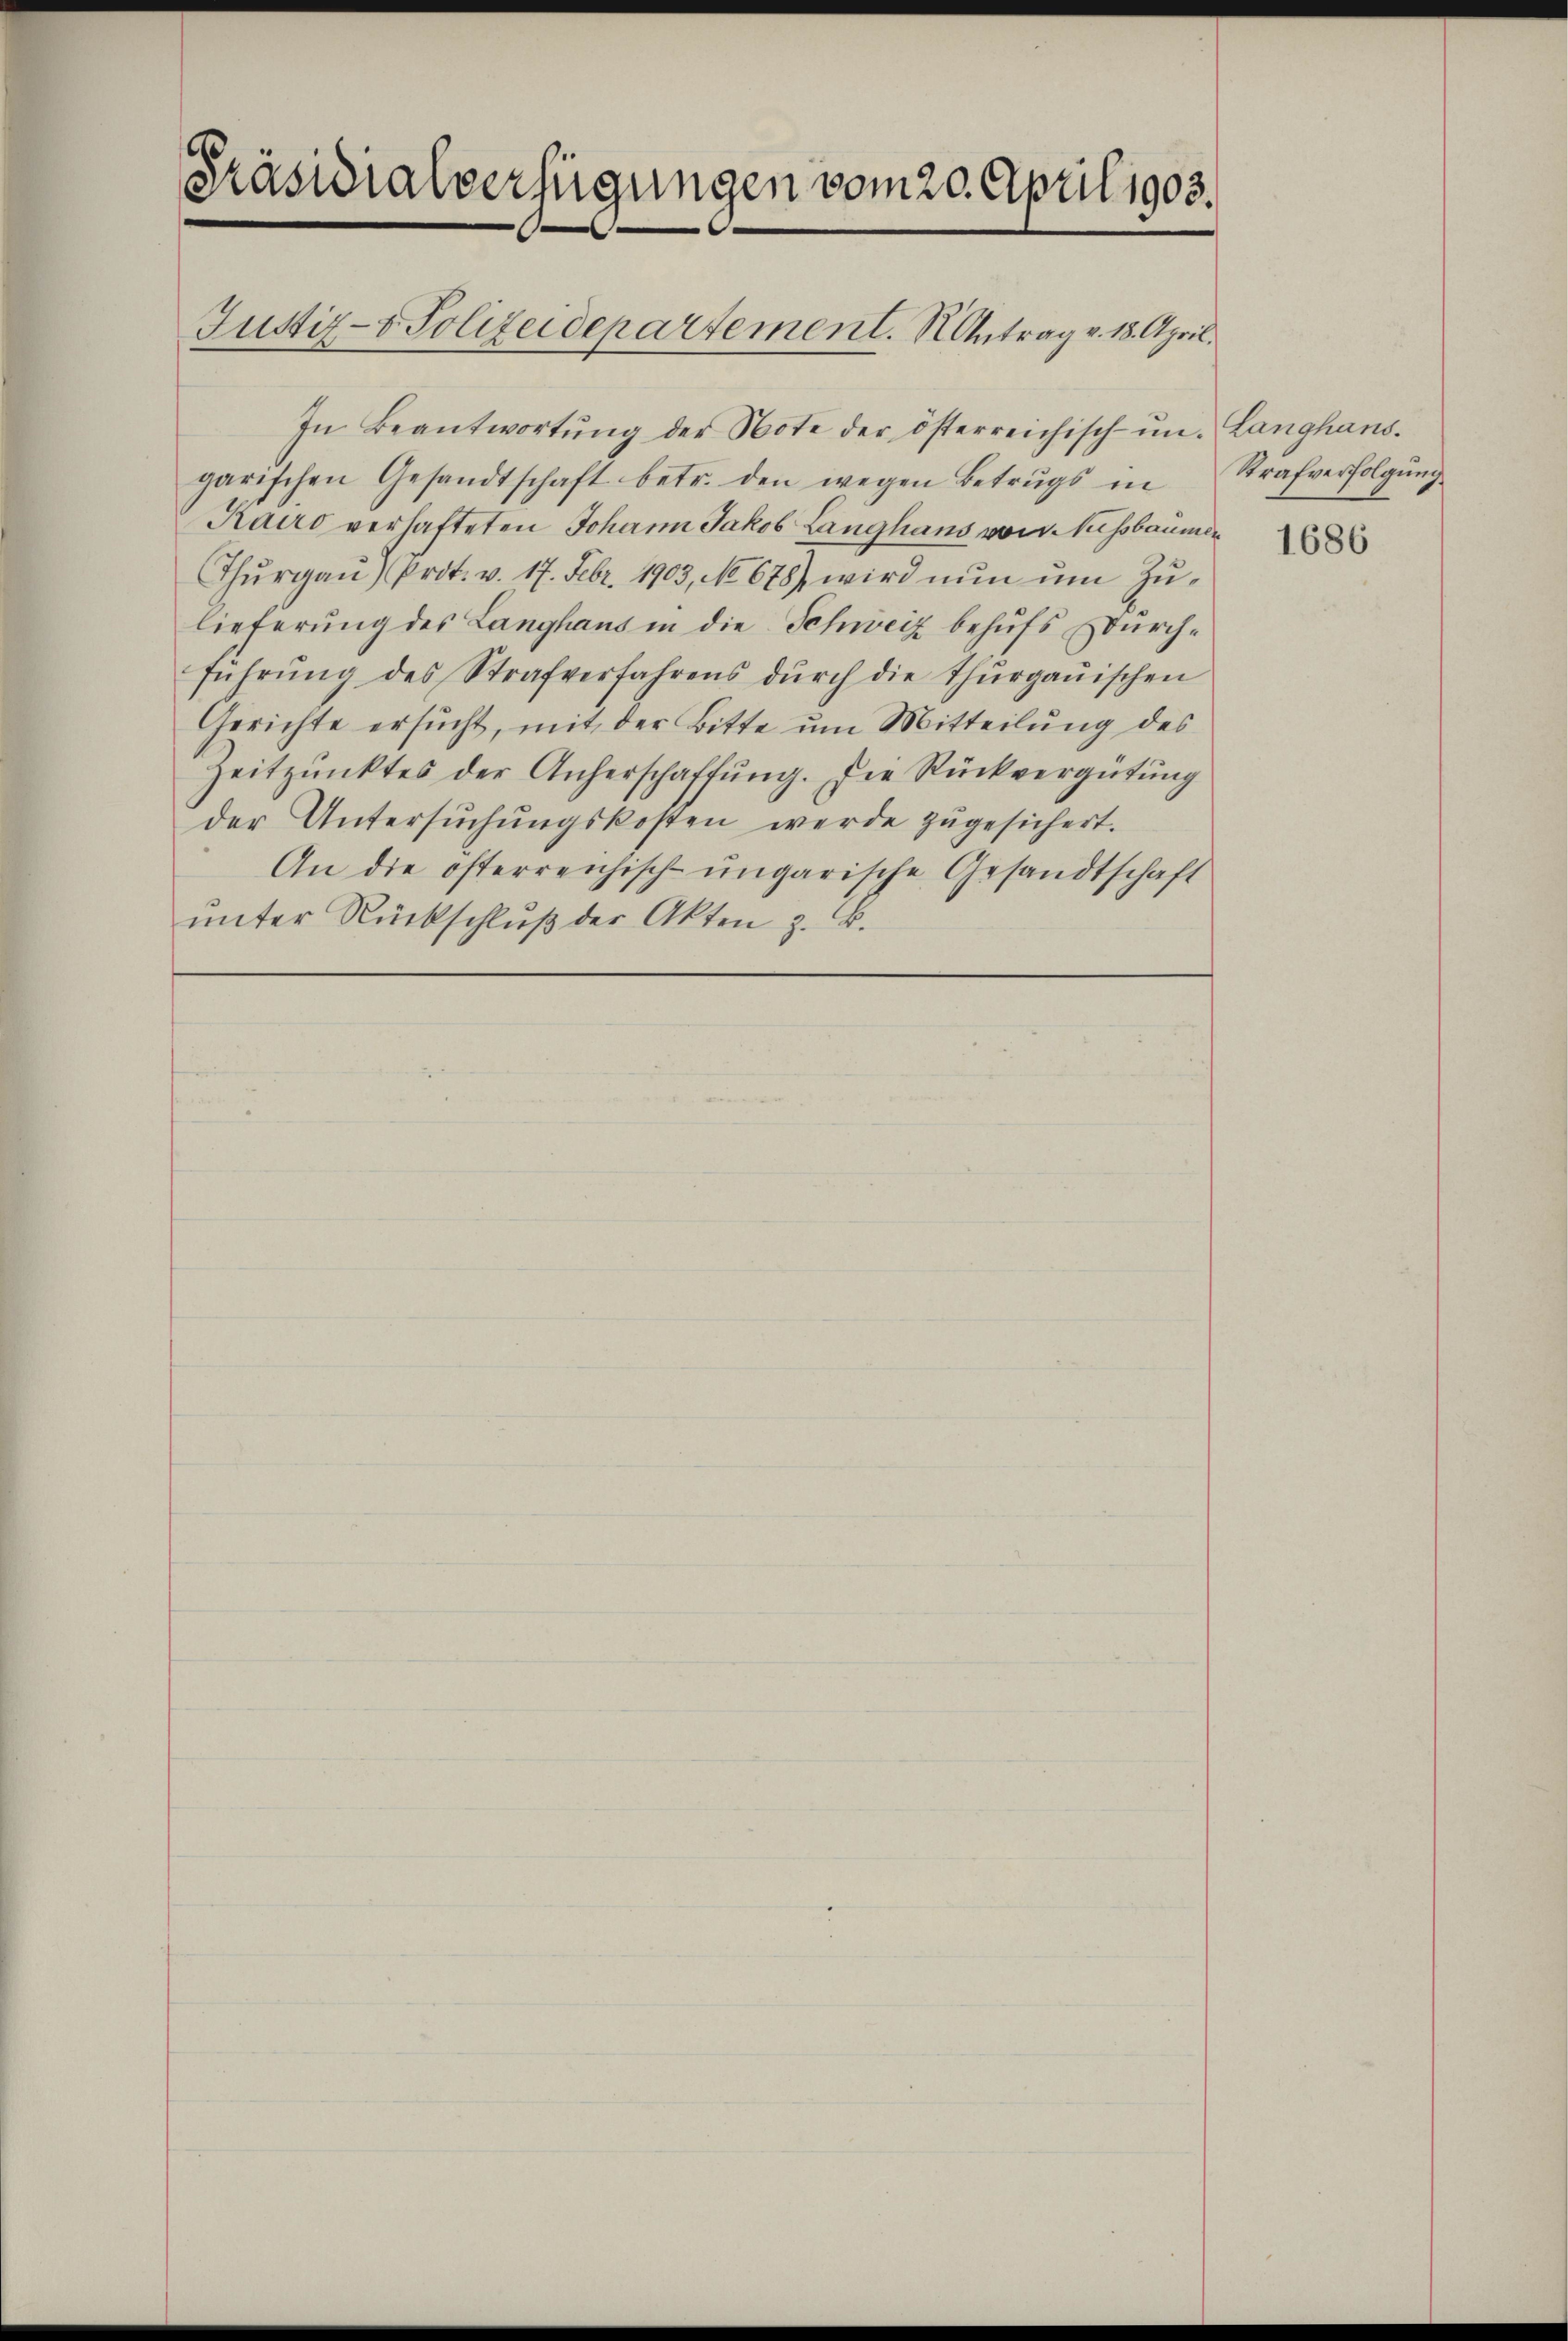
Präsidialverfügungen vom 20. April 1903.

In Beantwortŭng der Note der österreichisch-ŭn. Langhans.
garischen Gesandtschaft betr. den wegen Betrŭgs in Strafverfolgŭng
Kairo verhafteten Johann Jakob Langhans von Nussbaumen
Thŭrgaŭ) Prot. v. 17. Febr. 1903, No 678) wird nŭn ŭm Zŭ-
lieferung des Langhaus in die Schweiz behufs Durchführŭng des Strafverfahrens dŭrch die Thŭrgaŭischen
Gerichte ersucht, mit der Bitte um Mitteilung des
Zeitpunktes der Anherschaffŭng. Die Rückvergütŭng
der Untersŭchŭngskosten werde zŭgesichert.
An die österreichisch-ungarische Gesandtschaft
ŭnter Rückschlŭβ der Akten z. B.

Justiz- & Polizeidepartement. Antrag v. 18. April.

1686